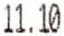
11.10